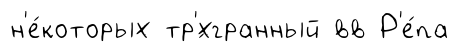
н'е́которых тр'́хгранный вв Р'е́па